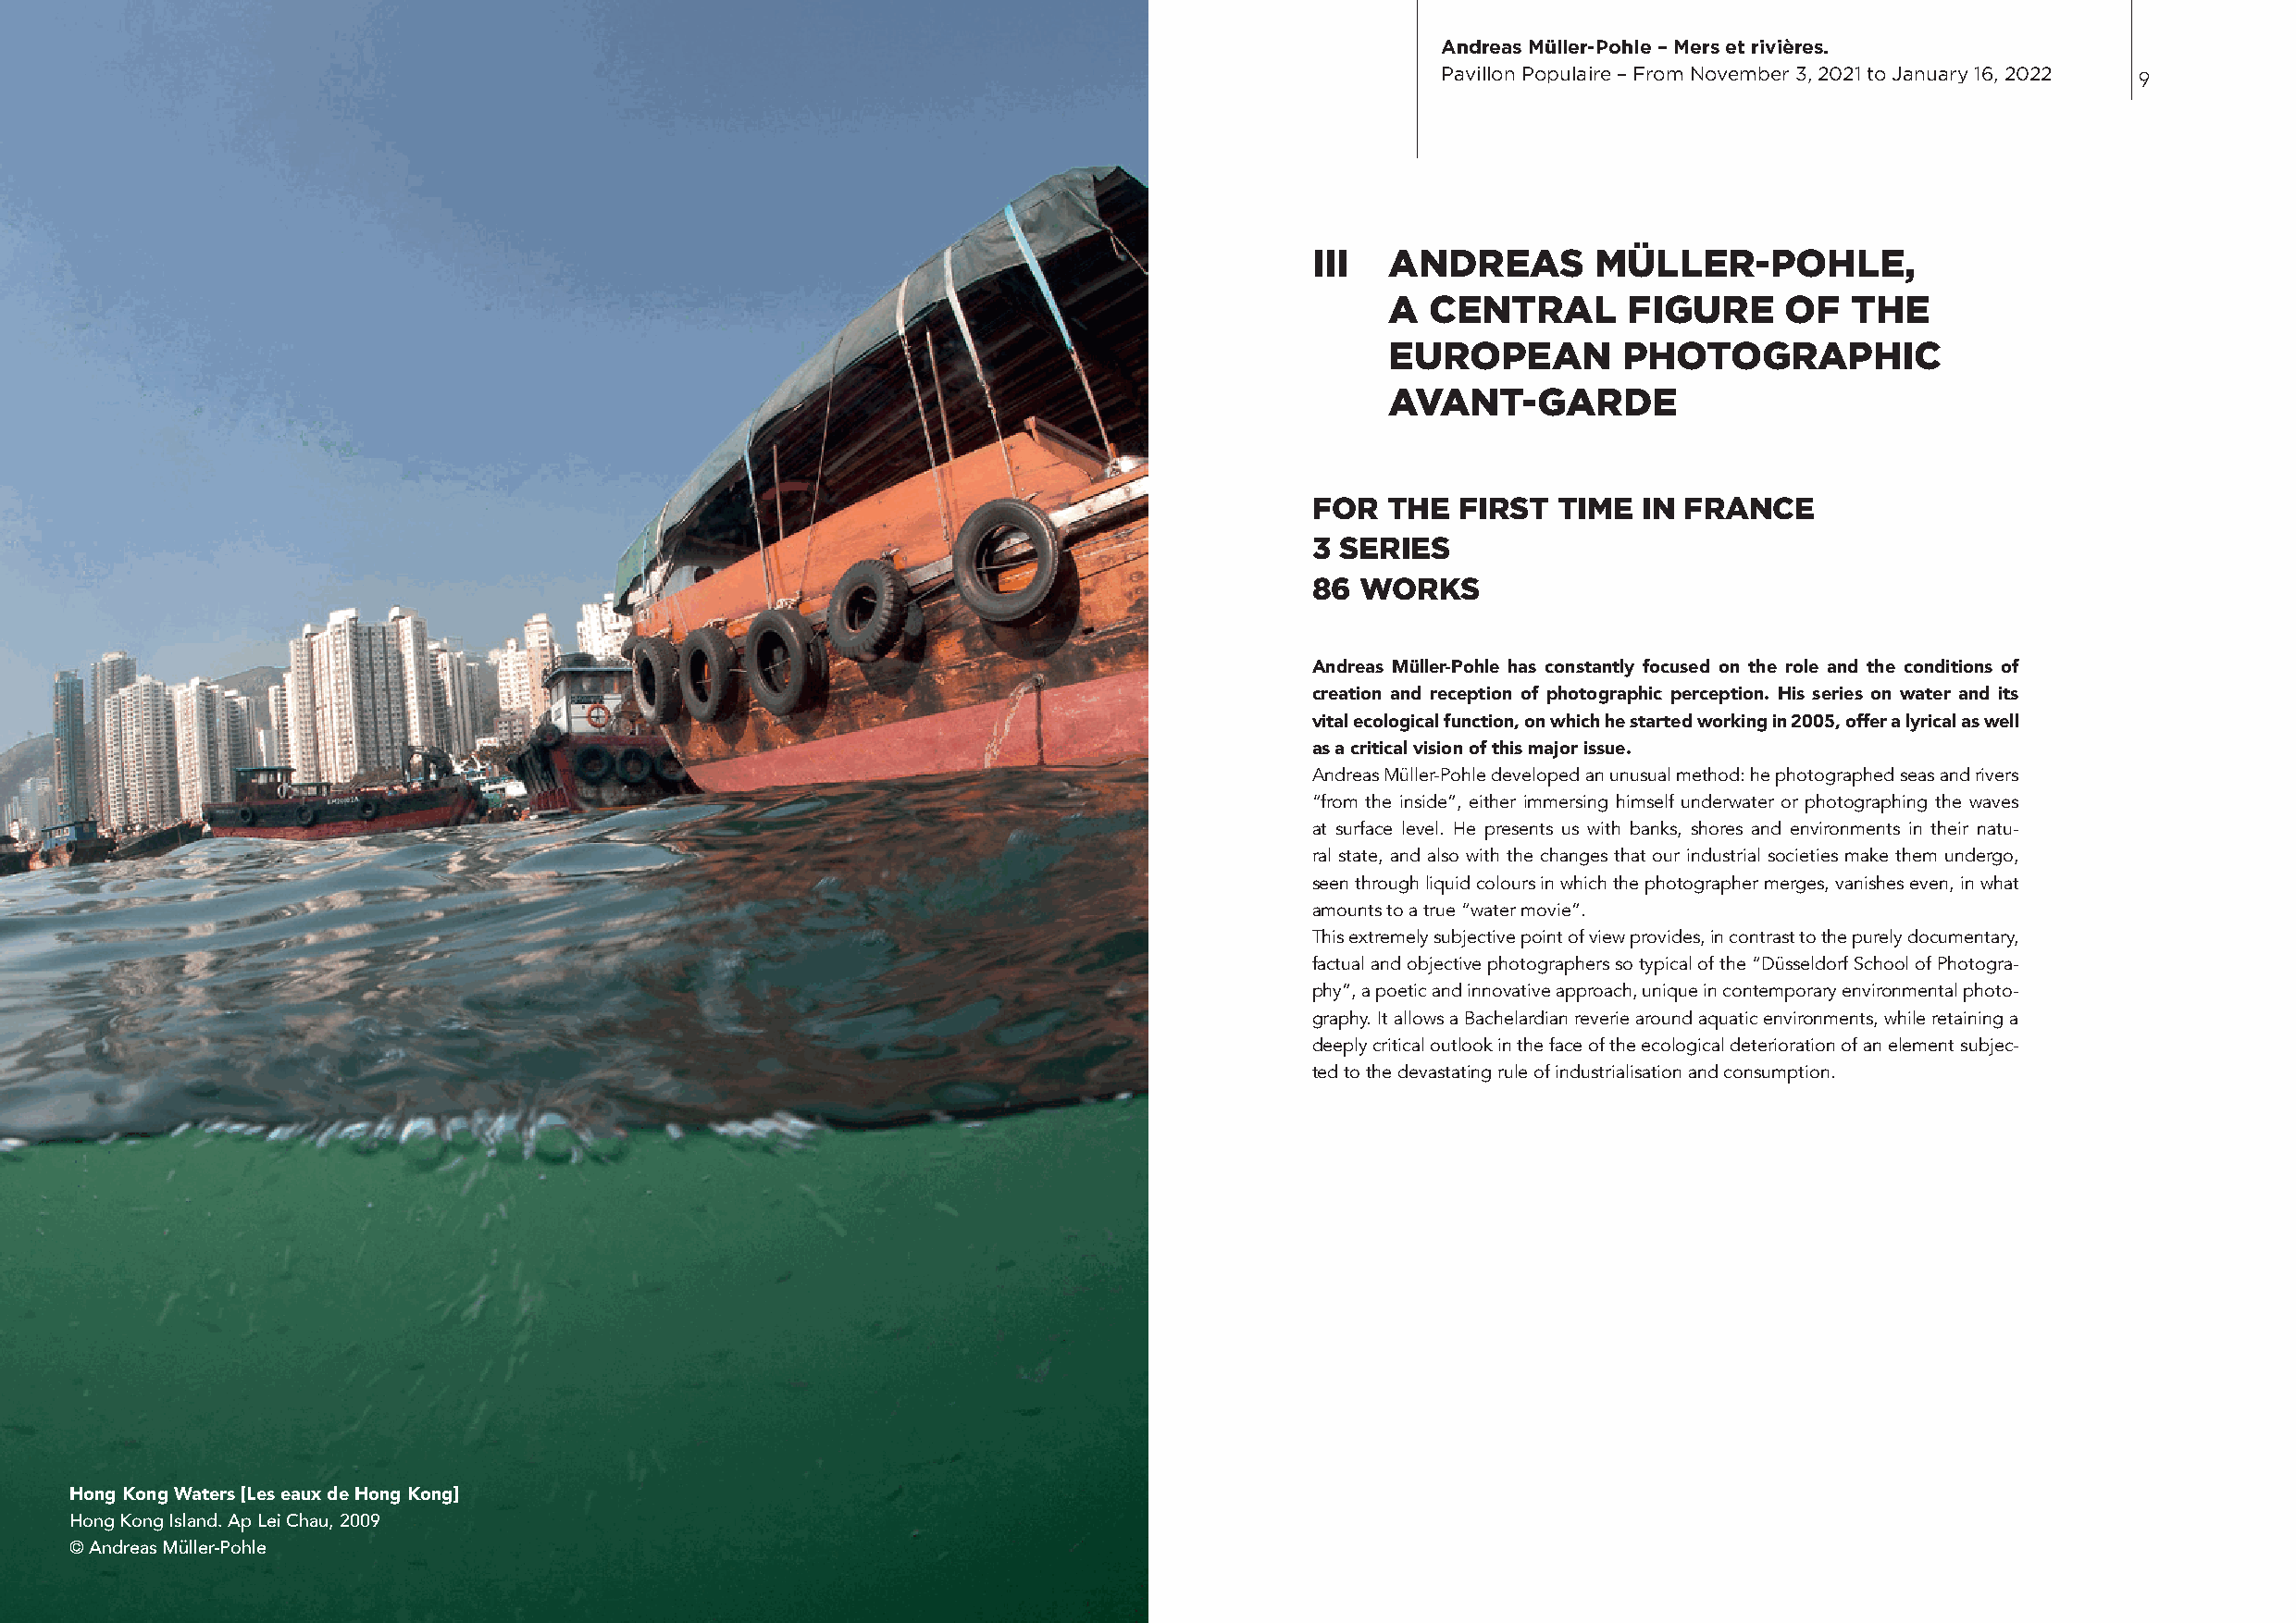
Andreas Müller-Pohle – Mers et rivières.
 Pavillon Populaire – From November 3, 2021 to January 16, 2022 9
 iii  AndREAS        MÜLLER-POHLE,
 A  CEntRAL       FiGURE      OF  tHE
 EUROPEAn         PHOtOGRAPHiC
 AVAnt-GARdE
 FOR  tHE  FiRSt  tiME  in FRAnCE
 3 SERiES
 86 WORkS
 Andreas Müller-Pohle has constantly focused on the role and the conditions of
 creation and reception of photographic perception. His series on water and its
 vital ecological function, on which he started working in 2005, offer a lyrical as well
 as a critical vision of this major issue.
 Andreas Müller-Pohle developed an unusual method: he photographed seas and rivers
 “from the inside”, either immersing himself underwater or photographing the waves
 at surface level. He presents us with banks, shores and environments in their natu-
 ral state, and also with the changes that our industrial societies make them undergo,
 seen through liquid colours in which the photographer merges, vanishes even, in what
 amounts to a true “water movie”.
 This extremely subjective point of view provides, in contrast to the purely documentary,
 factual and objective photographers so typical of the “Düsseldorf School of Photogra-
 phy”, a poetic and innovative approach, unique in contemporary environmental photo-
 graphy. It allows a Bachelardian reverie around aquatic environments, while retaining a
 deeply critical outlook in the face of the ecological deterioration of an element subjec-
 ted to the devastating rule of industrialisation and consumption.
 Hong Kong Waters [Les eaux de Hong Kong]
 Hong Kong Island. Ap Lei Chau, 2009
 © Andreas Müller-Pohle